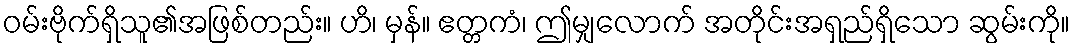
ဝမ်းဗိုက်ရှိသူ၏အဖြစ်တည်း။ ဟိ၊ မှန်။ ဧတ္တကံ၊ ဤမျှလောက် အတိုင်းအရှည်ရှိသော ဆွမ်းကို။